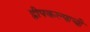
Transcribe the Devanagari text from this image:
द्वीपकल्पाची